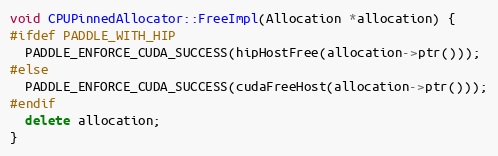
Language: C++
void CPUPinnedAllocator::FreeImpl(Allocation *allocation) {
#ifdef PADDLE_WITH_HIP
  PADDLE_ENFORCE_CUDA_SUCCESS(hipHostFree(allocation->ptr()));
#else
  PADDLE_ENFORCE_CUDA_SUCCESS(cudaFreeHost(allocation->ptr()));
#endif
  delete allocation;
}